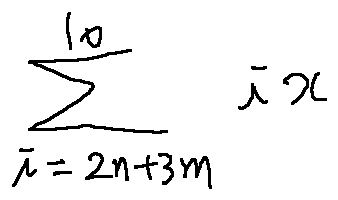
\sum \limits _ { i = 2 n + 3 m } ^ { 1 0 } i x